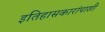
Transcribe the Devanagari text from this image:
इतिहासकारांपाशी